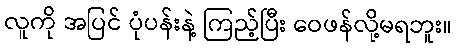
လူကို အပြင် ပုံပန်းနဲ့ ကြည့်ပြီး ဝေဖန်လို့မရဘူး။